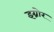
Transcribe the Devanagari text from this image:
इग्नोर